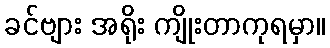
ခင်ဗျား အရိုး ကျိုးတာကုရမှာ။